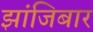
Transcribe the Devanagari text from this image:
झांजिबार